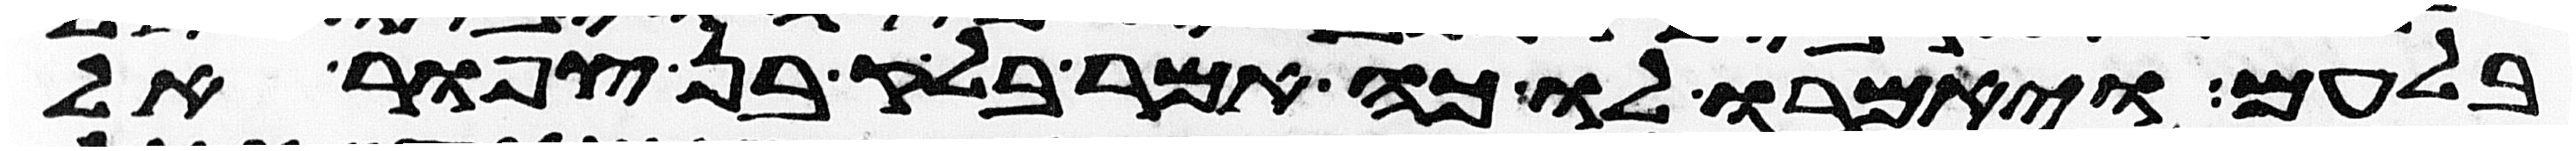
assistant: בלעם ויאמרו לו כה אמר בלק בן צפור אל